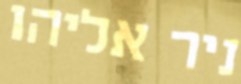
ניר אליהו